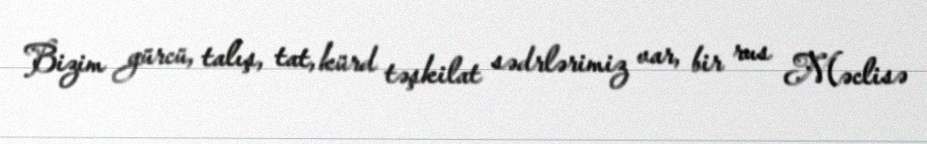
Bizim gürcü, talış, tat, kürd təşkilat sədrlərimiz var, bir rus Məclisə